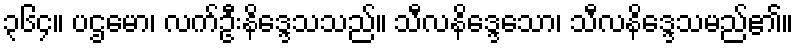
၃၆၄။ ပဌမော၊ လက်ဦးနိဒ္ဒေသသည်။ သီလနိဒ္ဒေသော၊ သီလနိဒ္ဒေသမည်၏။